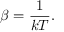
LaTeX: \beta = { \frac { 1 } { k T } } .